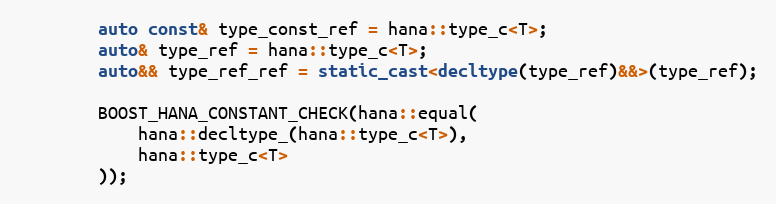
Language: C++
        auto const& type_const_ref = hana::type_c<T>;
        auto& type_ref = hana::type_c<T>;
        auto&& type_ref_ref = static_cast<decltype(type_ref)&&>(type_ref);

        BOOST_HANA_CONSTANT_CHECK(hana::equal(
            hana::decltype_(hana::type_c<T>),
            hana::type_c<T>
        ));